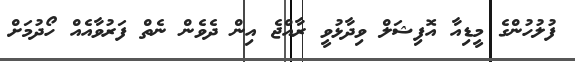
ފުލުހުންގެ މީޑިއާ އޮފިޝަލް ވިދާޅުވީ ރާއްޖެ އިން ދެވެން ނެތް ފަރުވާއެއް ހޯދުމަށް